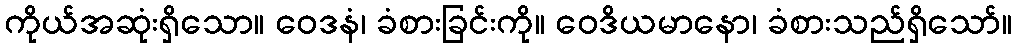
ကိုယ်အဆုံးရှိသော။ ဝေဒနံ၊ ခံစားခြင်းကို။ ဝေဒိယမာနော၊ ခံစားသည်ရှိသော်။